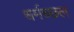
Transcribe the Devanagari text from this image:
धर्मच्छल